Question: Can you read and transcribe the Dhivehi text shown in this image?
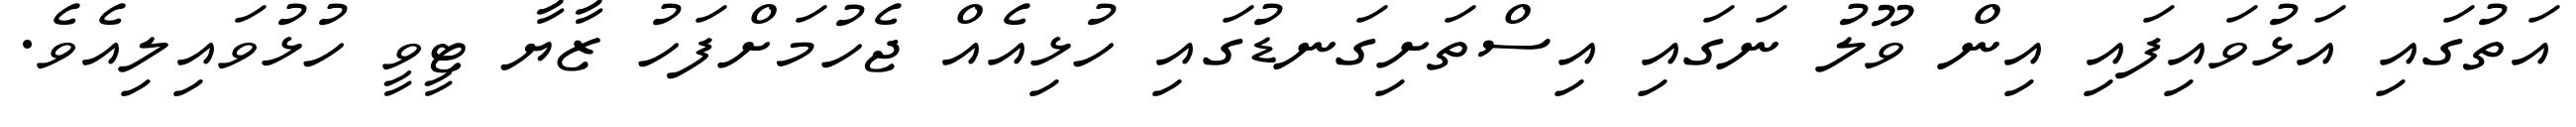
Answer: އަތުގައި އަޅުވައިފައި އިން ވޫލު ނަގައި އިސްތަށިގަނޑުގައި ހުޅިއެއް ޖެހުމަށްފަހު ޒާޔާ ޓީވީ ހުޅުވައިލިއެވެ.